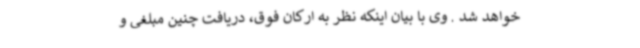
خواهد شد . وی با بیان اینکه نظر به ارکان فوق، دریافت چنین مبلغی و